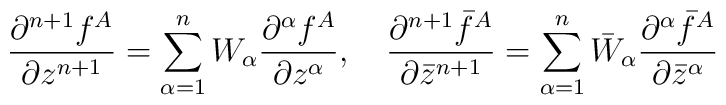
\frac{\partial ^{n+1}f^A}{\partial z^{n+1}}=\sum _{\alpha =1}^n W_{\alpha}\frac{\partial ^{\alpha}f^A}{\partial z^{\alpha}},\quad\frac{\partial ^{n+1}\bar{f}^A}{\partial \bar{z}^{n+1}}=\sum _{\alpha =1}^n \bar{W}_{\alpha}\frac{\partial ^{\alpha}\bar{f}^A}{\partial \bar{z}^{\alpha}}